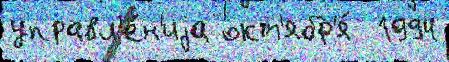
управл'е́н'иjа окт'ябр'я́  1994